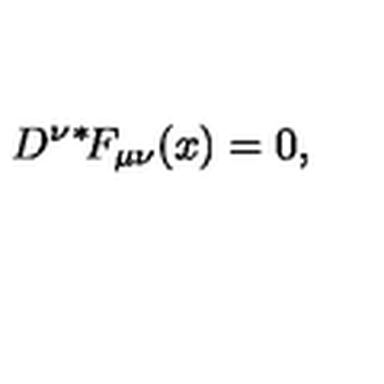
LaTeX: D ^ { \nu } { } ^ { * } \! F _ { \mu \nu } ( x ) = 0 ,